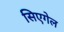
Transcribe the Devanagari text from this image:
सिएगेल